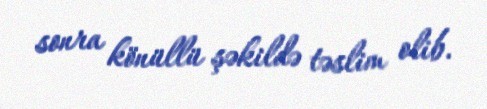
sonra könüllü şəkildə təslim olib.